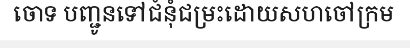
ចោទ បញ្ជូនទៅជំនុំជម្រះដោយសហចៅក្រម